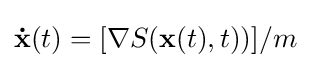
\mathbf {\dot {x}} (t)=[\nabla S(\mathbf {x} (t),t))]/m